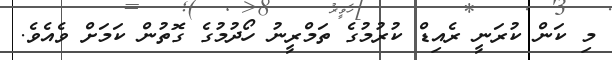
މި ކަން ކުރަނީ ރެއިޑް ކުރުމުގެ ތަމްރީނު ހޯދުމުގެ ގޮތުން ކަމަށް ވެއެވެ.